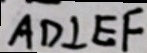
A D \bot E F